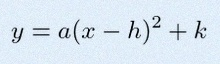
y=a(x-h)^2+k